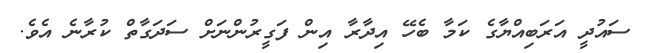
ސައުދީ އަރަބިއްޔާގެ ކަމާ ބެހޭ އިދާރާ އިން ފަގީރުންނަށް ސަދަގާތް ކުރާނެ އެވެ.